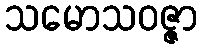
သမောသဝဇ္ဇာ